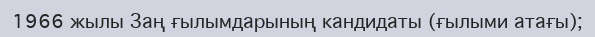
1966 жылы Заң ғылымдарының кандидаты (ғылыми атағы);